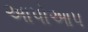
અાપોઆપ